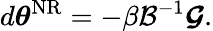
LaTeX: d{\boldsymbol{\theta}}^{\mathrm{NR}}=-\beta\mathcal{B}^{-1}\boldsymbol{\mathcal{G}}.